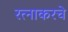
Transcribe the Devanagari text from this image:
रत्‍नाकरचे